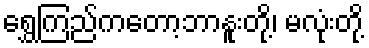
ရွှေကြည်ကတော့ဘာနူးတို့၊ မလုံးတို့